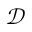
\mathcal { D }